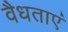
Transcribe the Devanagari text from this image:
वैधताएं